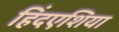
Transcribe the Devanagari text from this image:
हिंदएशिया